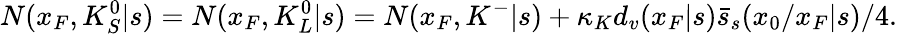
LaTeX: N(x_{F},K_{S}^{0}|s)=N(x_{F},K_{L}^{0}|s)=N(x_{F},K^{-}|s)+\kappa_{K}d_{v}(x_{F}|s)\bar{s}_{s}(x_{0}/x_{F}|s)/4.